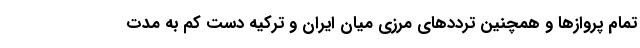
تمام پروازها و همچنین ترددهای مرزی میان ایران و ترکیه دست کم به مدت